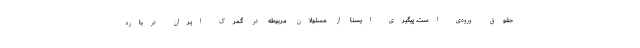
حقوق ورودی است. پیگیری ایسنا از مسئولان مربوطه در گمرک ایران درباره